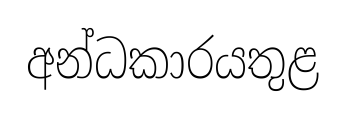
අන්ධකාරයතුළ